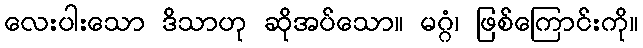
လေးပါးသော ဒိသာဟု ဆိုအပ်သော။ မဂ္ဂံ၊ ဖြစ်ကြောင်းကို။